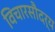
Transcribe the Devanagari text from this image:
विचारसौदर्य